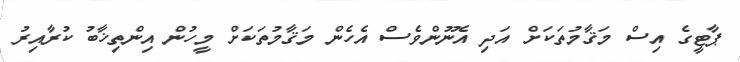
ޕާޓީގެ އިސް މަޤާމުތަކަށް އަދި އެނޫންވެސް އެހެން މަޤާމުތަކަށް މީހުން އިންތިޚާބު ކުރާއިރު